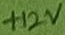
Text: +12V